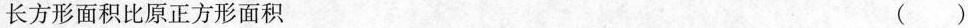
长方形面积比原正方形面积 ()